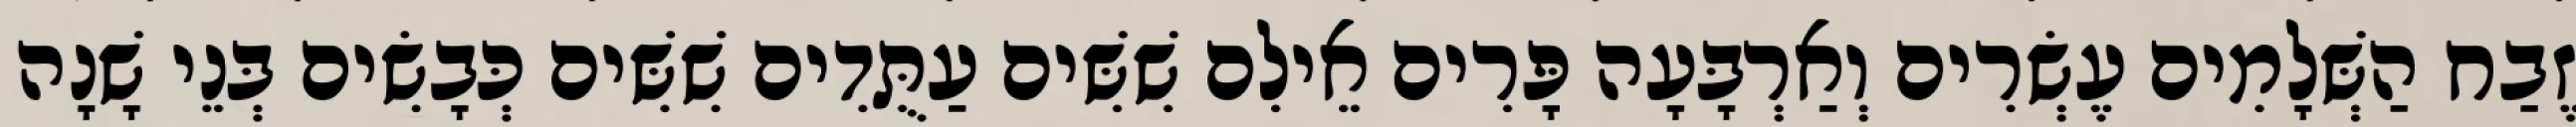
זֶבַח הַשְּׁלָמִים עֶשְׂרִים וְאַרְבָּעָה פָּרִים אֵילִם שִׁשִּׁים עַתֻּדִים שִׁשִּׁים כְּבָשִׂים בְּנֵי שָׁנָה